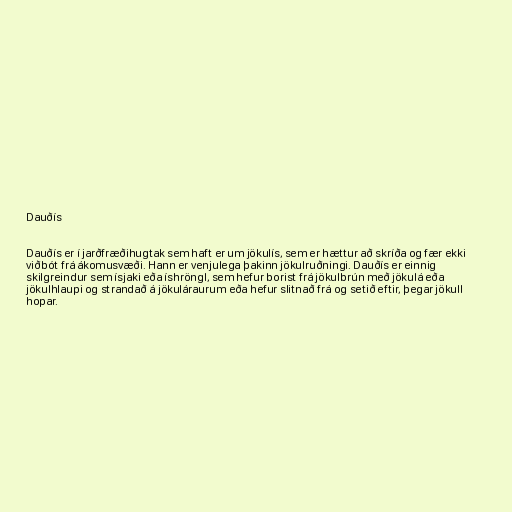
Dauðís

Dauðís er í jarðfræðihugtak sem haft er um jökulís, sem er hættur að skríða og fær ekki
viðbót frá ákomusvæði. Hann er venjulega þakinn jökulruðningi. Dauðís er einnig
skilgreindur sem ísjaki eða íshröngl, sem hefur borist frá jökulbrún með jökulá eða
jökulhlaupi og strandað á jökuláraurum eða hefur slitnað frá og setið eftir, þegar jökull
hopar.